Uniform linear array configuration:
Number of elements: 12
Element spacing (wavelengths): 0.75
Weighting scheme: binomial
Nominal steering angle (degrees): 45
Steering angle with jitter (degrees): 45.714
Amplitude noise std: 0.05
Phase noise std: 0.05

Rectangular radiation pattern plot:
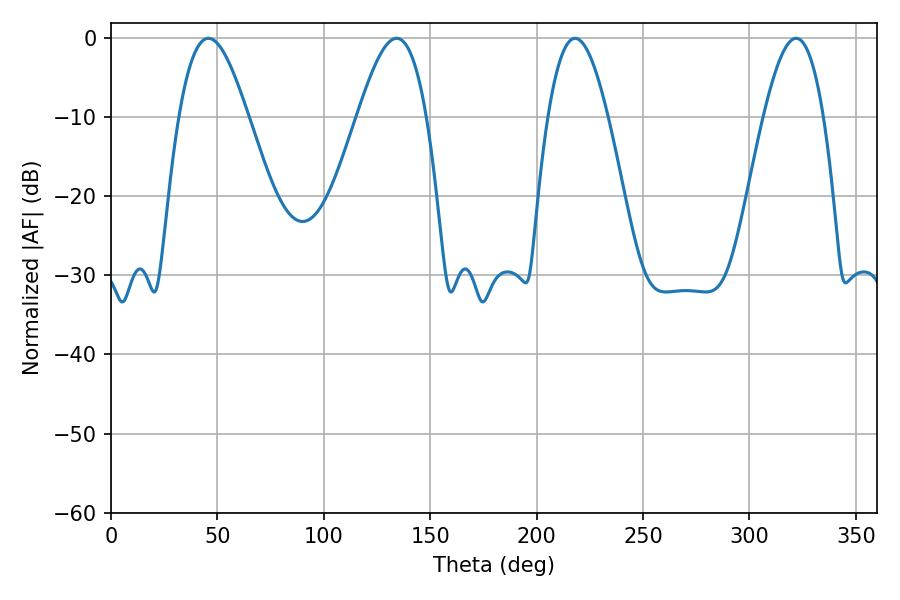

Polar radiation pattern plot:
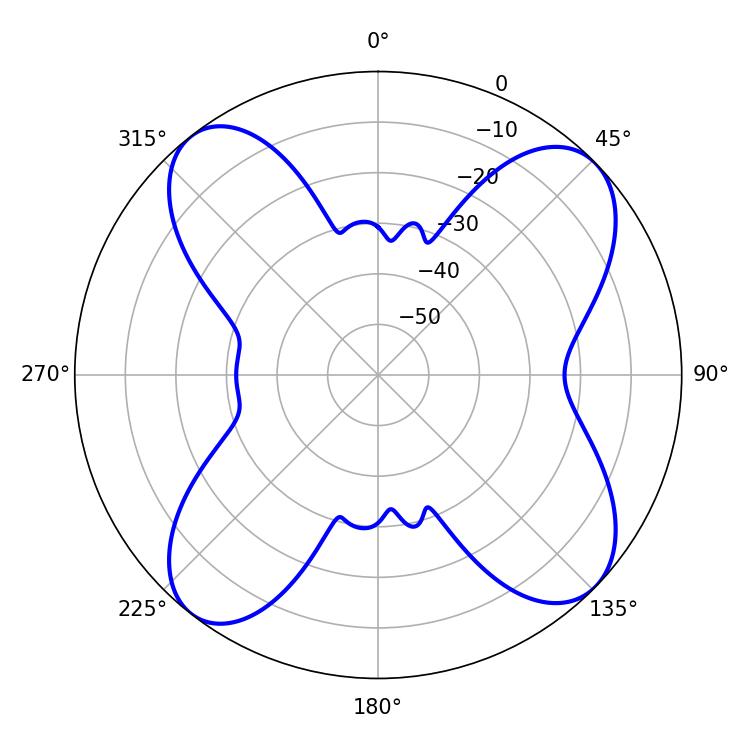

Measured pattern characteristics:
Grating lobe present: TRUE
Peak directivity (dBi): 11.948
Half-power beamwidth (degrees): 17.46
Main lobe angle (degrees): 45.72